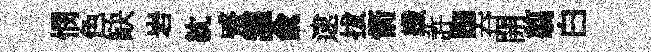
憫色缺岩紞蹙讙兪逮拔箭纖許踟吞開翦白